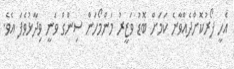
އެހީ ފޯރުކޮށްދެއްވާނެ ކަމަށް ބޮޑު ވަޒީރު މަންމޯހަން ސިންގް ވަނީ ވިދާޅުވެފަ އެވެ.